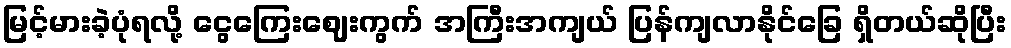
မြင့်မားခဲ့ပုံရလို့ ငွေကြေးဈေးကွက် အကြီးအကျယ် ပြန်ကျလာနိုင်ခြေ ရှိတယ်ဆိုပြီး